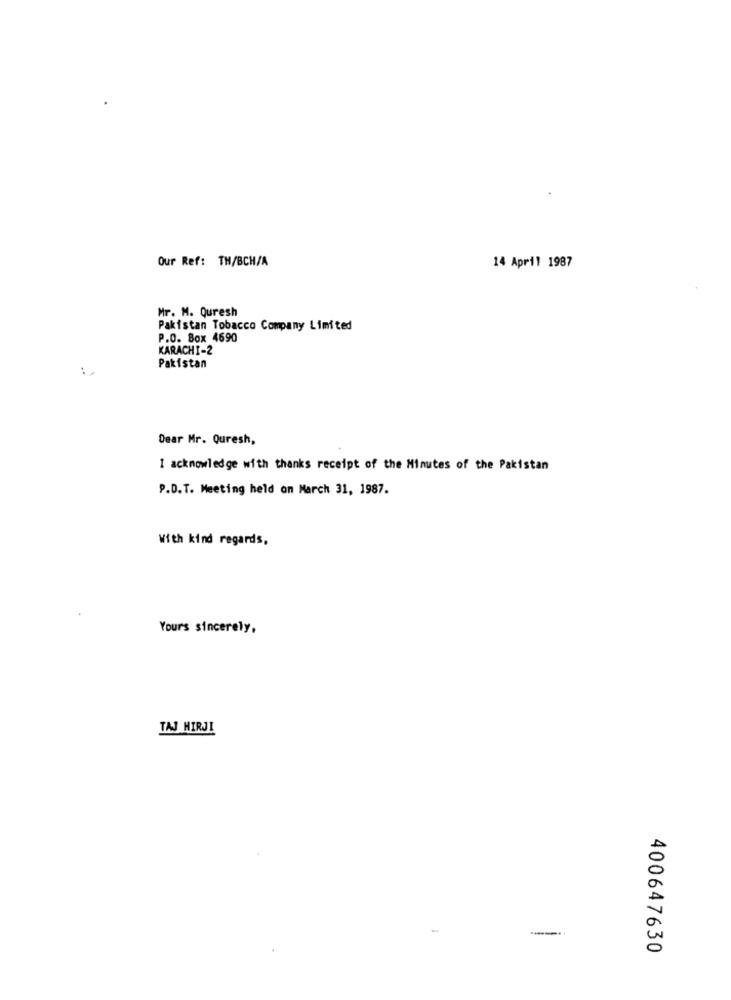
Our Ref: TH/BCH/A
14 April 1987
Mr. M. Quresh
Pakistan Tobacco Company Limited
P.O. Box 4690
KARACHI-2
:
Pakistan
Dear Mr. Quresh,
1 acknowledge with thanks receipt of the Minutes of the Pakistan
P.D.T. Meeting held on March 31, 1987.
With kind regards,
Yours sincerely,
TAJ HIRJI
400647630